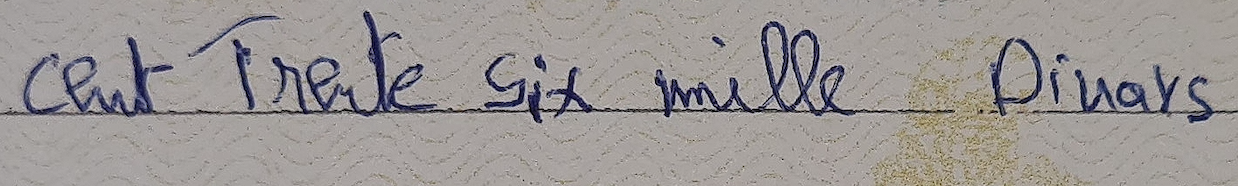
cent Trente Six mille Dinars